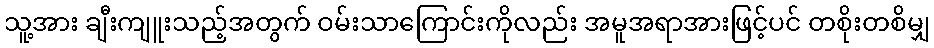
သူ့အား ချီးကျူးသည့်အတွက် ဝမ်းသာကြောင်းကိုလည်း အမူအရာအားဖြင့်ပင် တစိုးတစိမျှ